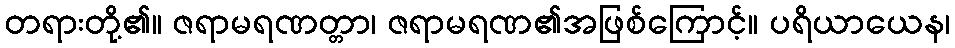
တရားတို့၏။ ဇရာမရဏတ္တာ၊ ဇရာမရဏ၏အဖြစ်ကြောင့်။ ပရိယာယေန၊